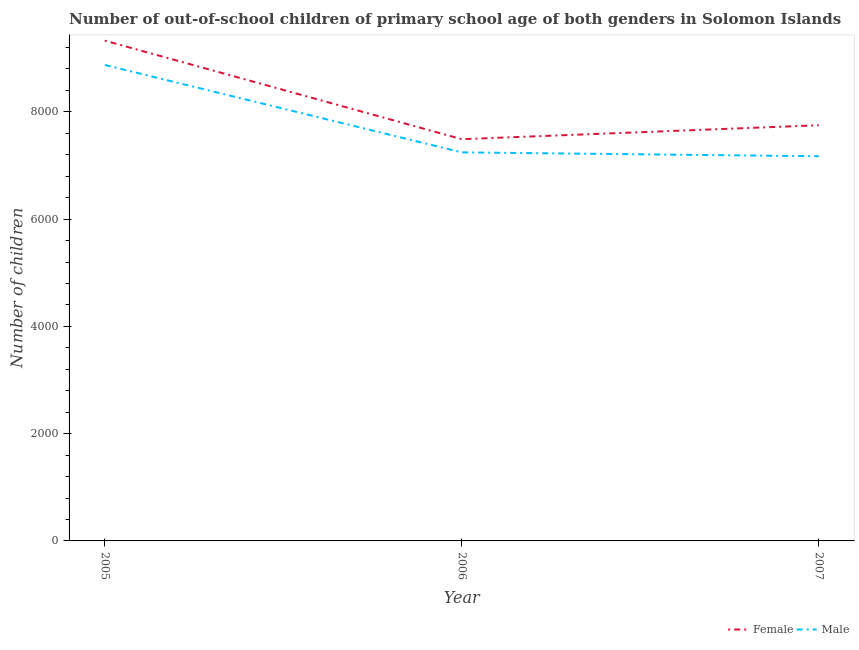
| Year | Female | Male |
 | --- | --- | --- |
 | 2005 | 9.33e+03 | 8.87e+03 |
 | 2006 | 7.49e+03 | 7.24e+03 |
 | 2007 | 7.75e+03 | 7.17e+03 |